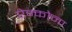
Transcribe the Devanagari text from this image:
ऐन्कोना